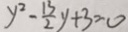
y ^ { 2 } - \frac { 1 3 } { 2 } y + 3 = 0